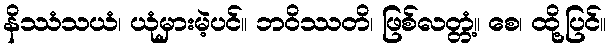
နိဿံသယံ၊ ယုံမှားမဲ့ပင်။ ဘဝိဿတိ၊ ဖြစ်လတ္တံ့။ စေ၊ ထို့ပြင်။